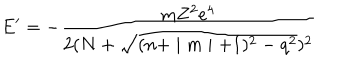
LaTeX: E ^ { \prime } = - \frac { \mathrm { m } Z ^ { 2 } e ^ { 4 } } { 2 ( N + \sqrt { ( n + \mid m \mid + 1 ) ^ { 2 } - q ^ { 2 } } ) ^ { 2 } }